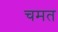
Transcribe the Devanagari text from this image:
चमत